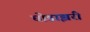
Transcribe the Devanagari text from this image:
घोडाझरी